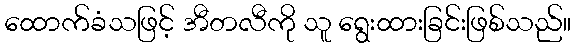
ထောက်ခံသဖြင့် အီတလီကို သူ ရွေးထားခြင်းဖြစ်သည်။